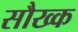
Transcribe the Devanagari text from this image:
सौख्क